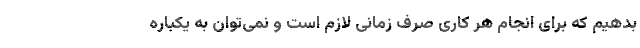
بدهیم که برای انجام هر کاری صرف زمانی لازم است و نمی‌توان به یکباره